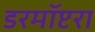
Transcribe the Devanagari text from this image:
डरमॉप्टरा